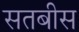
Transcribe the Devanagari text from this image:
सतबीस